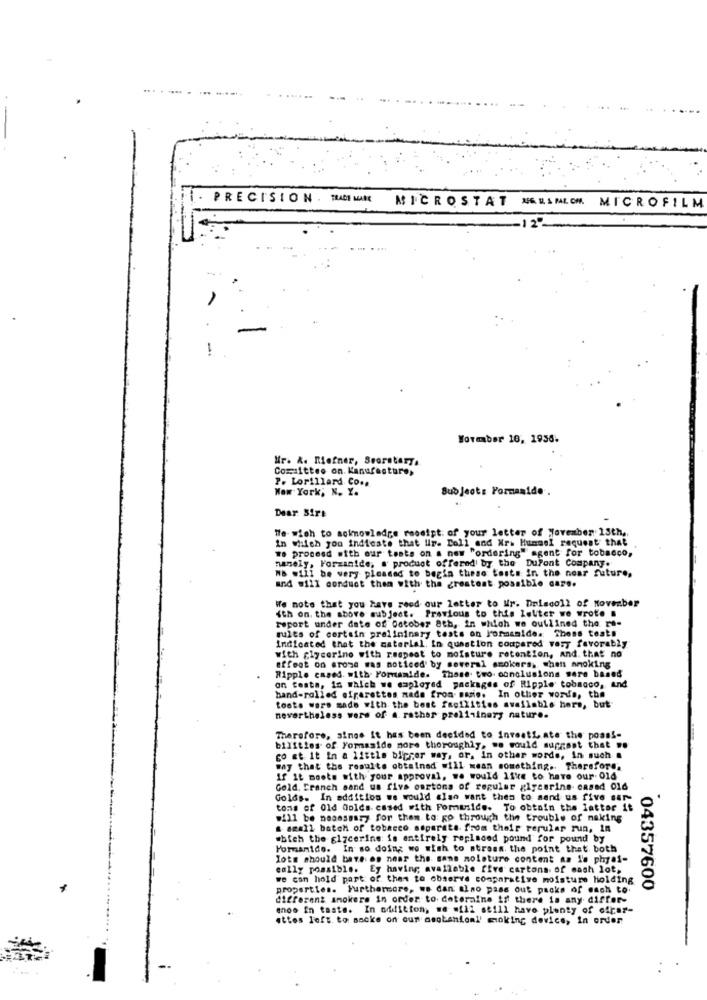
- PRECISION . TRADE NAME
MICROSTAT NGESMLOM. MICROFILM
12º
A
-
Wormaber 16, 1936.
Mr. A. Riefner, Seorstary,
Committee on. Kanufacture,
P. Lorillard Co ..
New York; N. Y.
Subject: Formaside .
Dear Sire
We wish to acknowledge receipt of your letter of November 13th,
in which you indieste that Ur. Doll and Nr. Hummel request that
we proceed with our tests on a new "ordering" agent for tobacco,
nasely, Forzanide, a product offered by the DuPont Company.
We will be very pleased to begin these tests In the near future,
and will conduct then with the greatest possible care.
We note that you have reod our letter to Mr. Dinlacoll of November
ith on the above subject. Previous to this letter we wrote .
report under date of Datober 8th, in which we outlined the re-
rules of certain preliminary tests on Formsalde. Thess toats
Indicated that the material. in question compared very favorably
with glycerine with respect to moisture retention, and. that no
effect on arose was noticed' by several smokers. when anoking
Ripple cased. with Formamide. These two. conclusions sere based
on testa, in which we employed packages of Ripple tobacco, and
hand-rolled efrarettes made from same. In other words, the
tosts wars made with the best facilities available here, but
nevertheless wers of a. rather preliminary nature.
Therefore, since it has been decided to investi ate the posss-
bilities of Formaside more thoroughly, we would suggest that ..
go at it In a little bigrer way, or. in other words, in such a
why that the results obtained will mean something. Therefore.
If It moote with your approval, we would like to have our. 01d
Gold, Tranch sand us five cartons of regular glycerine cased 016
Golds. In addition we would also want them to send us five sur-
tons of Old Golds. cased with Formanid .. To obtain the latter it
will be noansmary for them to go through the trouble of making
small batch of tobacco separata from their rerular run, in
which the glycerine is entirely replaced pound for pound by
Formanide. In so doing we wish to atraen. the point that both
Iots should bare es near the same moisture content as le phyaf-
cally possible. Ey having available five cartons of mash lot,
we can hold part of them to observe comparative moisture holding
properties. Furthermore, we dan alno pase out packs of each to
04357600
different smokers in order to determine if there is any differ-
"nos in taste. In addition, we will still have plenty of cipar-
ettes left to socke on our asgbanioml' moking device, in order